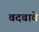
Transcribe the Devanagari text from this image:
वदवावे